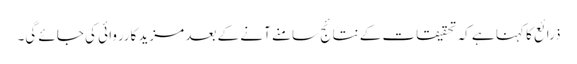
ذرائع کا کہنا ہے کہ تحقیقات کے نتائج سامنے آنے کے بعد مزید کارروائی کی جائے گی۔